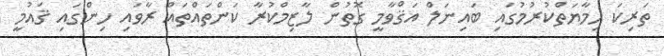
ތަރިކަ ޙިމާޔަތްކުރުމުގައި ބައިނަލް އަޤްވާމީ ގޮތުން ލާޒިމްކުރާ ކަންތައްތައް ރާވައި ހިންގައި ޤައުމީ